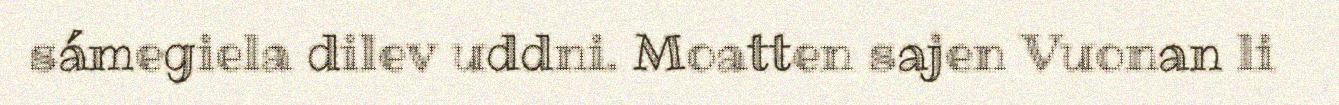
sámegiela dilev uddni. Moatten sajen Vuonan li